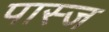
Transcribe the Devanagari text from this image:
पास्ज